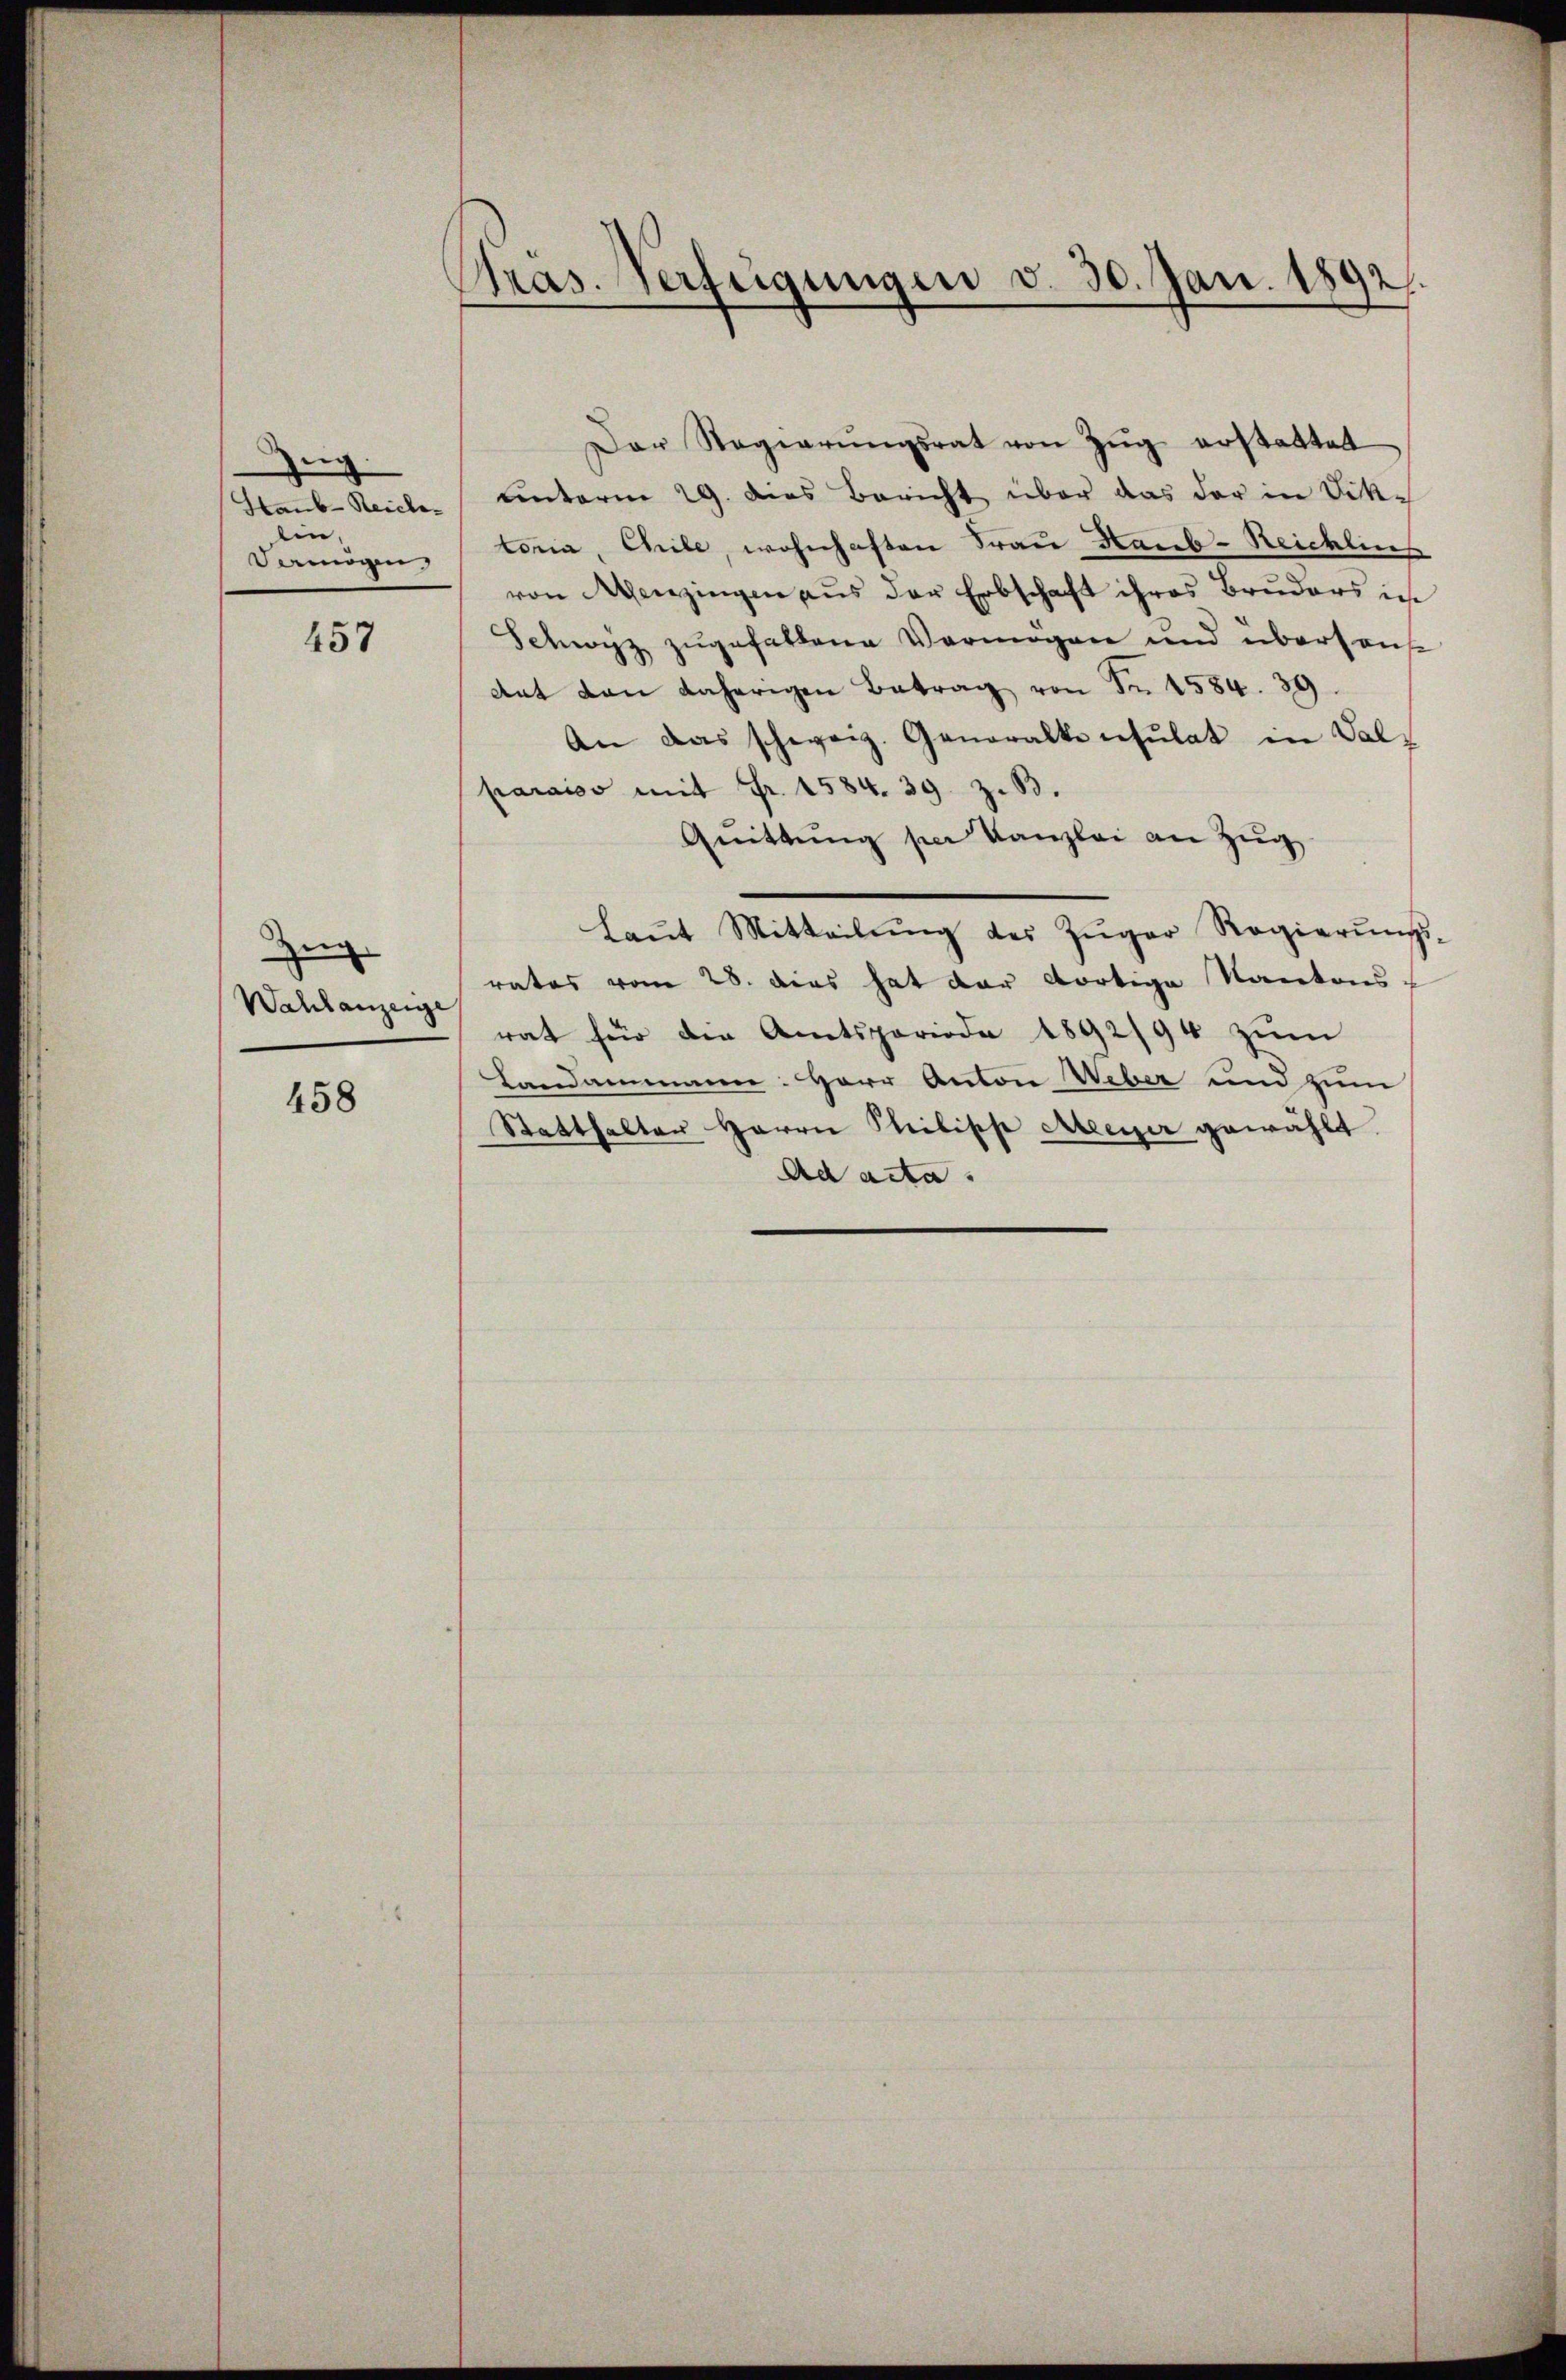
n
Staub-Reiche
en
Dermögen

457

Zeig
Wahlanzeige

458

Pras. Verfügungen d. 30. Jan. 1892.

Der Regierŭngsrat von Zŭg erstattet
unterm 29. dies Bericht über das der in Dik-
toria, Chile, wohnhaften Frau Haub-Reichlies
von Menzingen aus der Erbschaft ihres Bruders ins
Schwyz zugefallene Vermögen und übersans
Ant den daherigen Betrag von Fr. 4584. 39.
An das schweiz. Generalke nesŭlat in Val-
paraiss mit Fr. 1584. 39. z. B.
Qŭittŭng per Kanzlei an Zŭg
Laŭt Mitteilŭng des Zŭger Regierŭngs-
rates vom 28. dies hat der dortige Kantons-
rat für die Amtsperiode 1892/94 zŭm
Landammann: Herr Anton Ueber und zum
Statthalter Herrn Philipp Meyer gewählt
Ad acta.